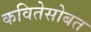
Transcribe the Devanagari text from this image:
कवितेसोबत